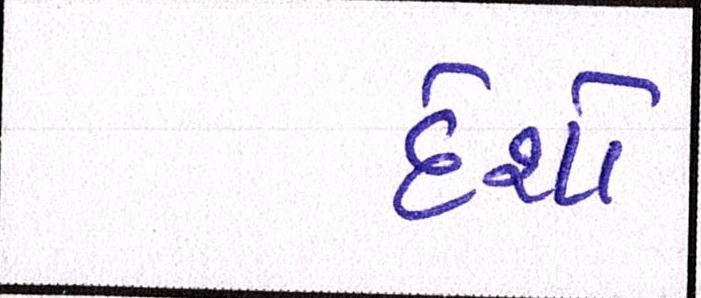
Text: દેશો